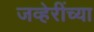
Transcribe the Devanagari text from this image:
जव्हेरींच्या